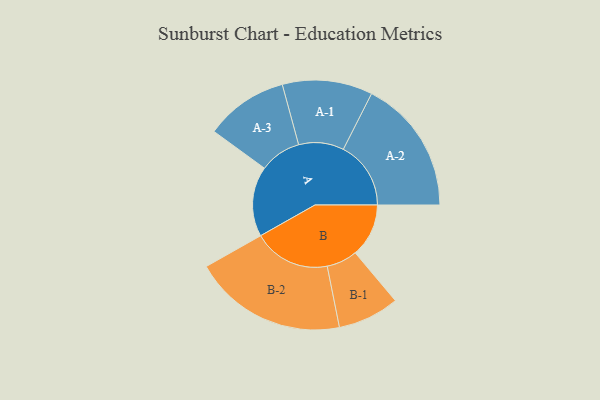
{"axis": {"x": "Segment", "y": "Value"}, "legend": ["", "A", "B"], "data": [{"x": "A", "y": 269, "type": ""}, {"x": "B", "y": 205, "type": ""}, {"x": "A-1", "y": 173, "type": "A"}, {"x": "A-2", "y": 259, "type": "A"}, {"x": "A-3", "y": 159, "type": "A"}, {"x": "B-1", "y": 118, "type": "B"}, {"x": "B-2", "y": 295, "type": "B"}]}